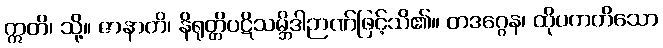
ဣတိ၊ သို့။ ဇာနာတိ၊ နိရုတ္တိပဋိသမ္ဘိဒါဉာဏ်ဖြင့်သိ၏။ တဒဂ္ဂေန၊ ထိုပကတိသော